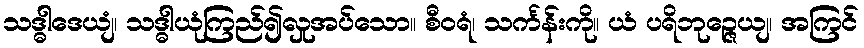
သဒ္ဓါဒေယျံ၊ သဒ္ဓါယုံကြည်၍လှုအပ်သော။ စီဝရံ၊ သင်္ကန်းကို။ ယံ ပရိဘုဉ္ဇေယျ၊ အကြင်